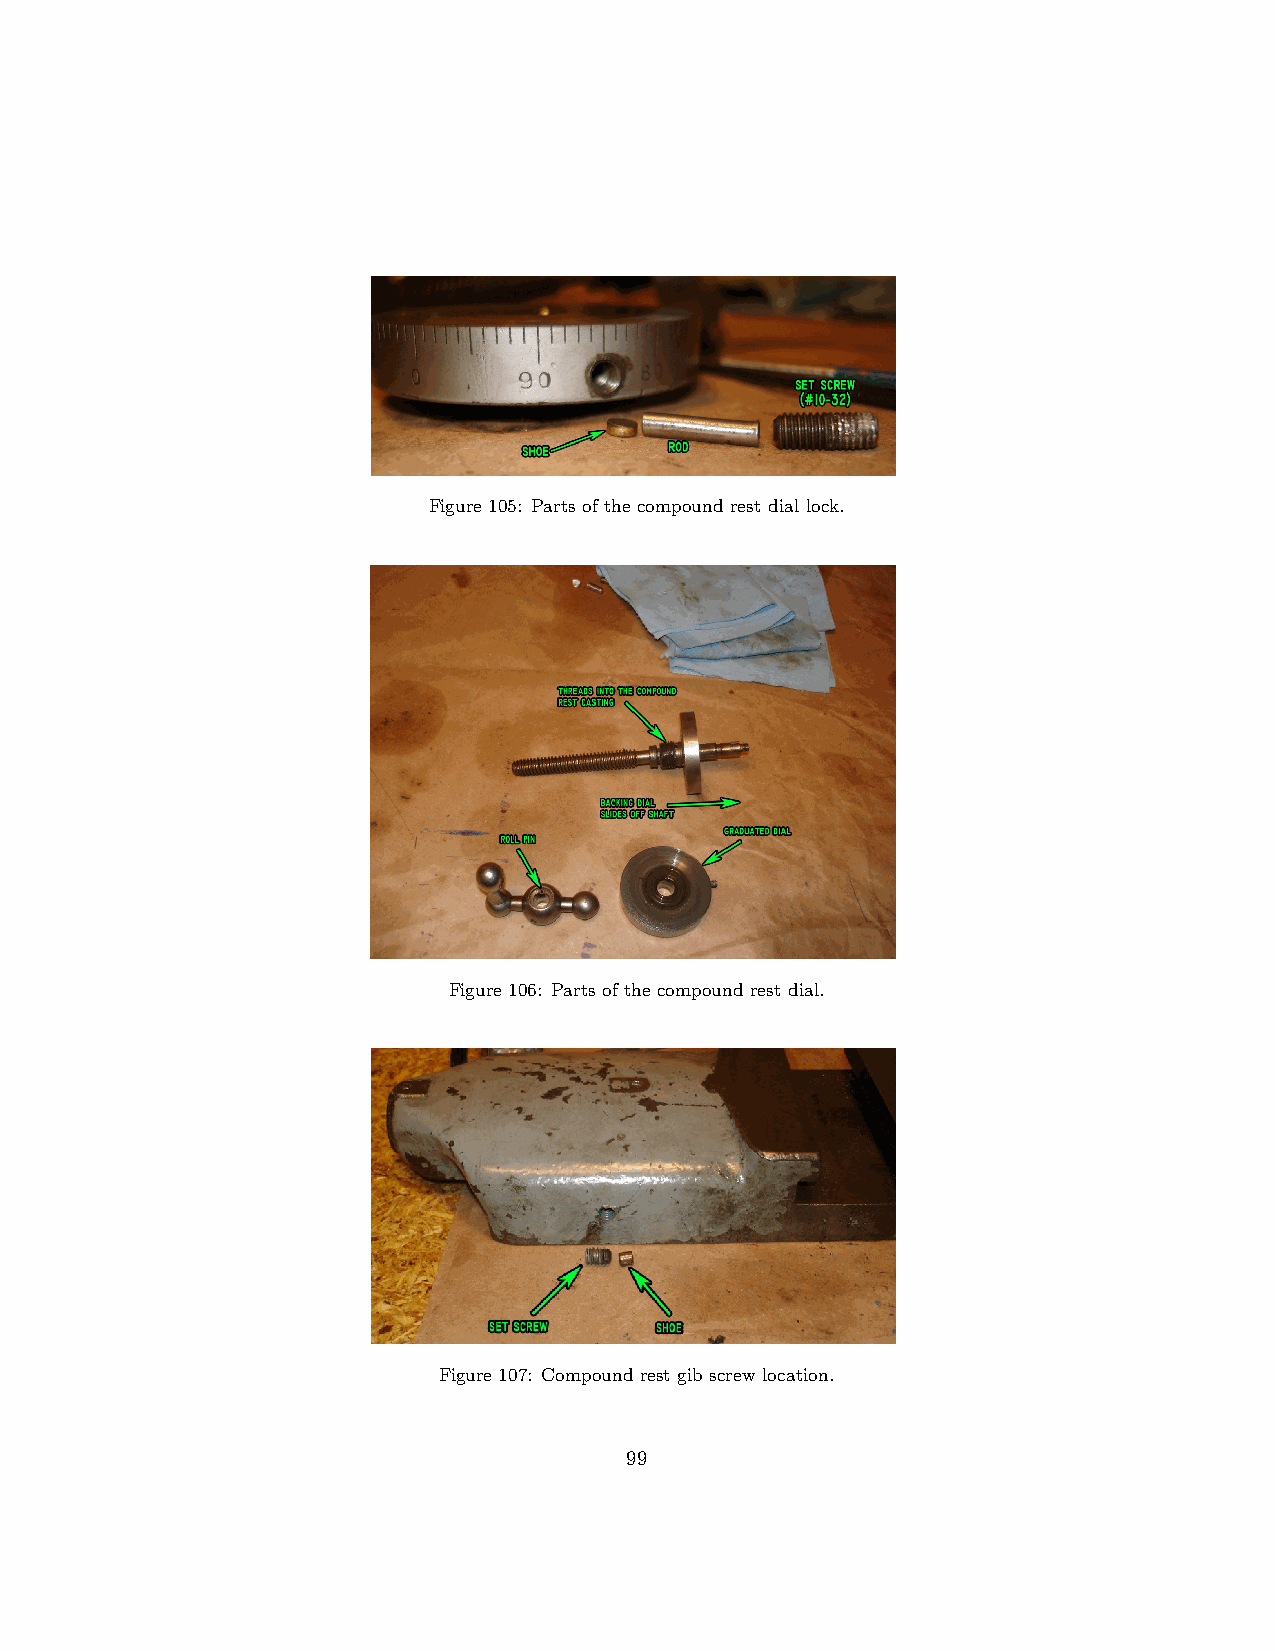
Figure 105: Parts of the compound rest dial lock.
 Figure 106: Parts of the compound rest dial.
 Figure 107: Compound rest gib screw location.
 99